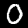
Digit: 0